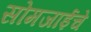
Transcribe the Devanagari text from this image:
सोमजाईचे